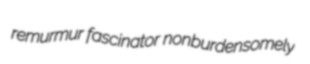
remurmur fascinator nonburdensomely